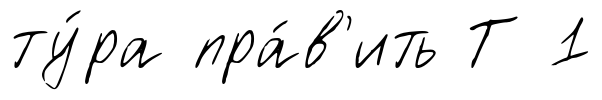
ту́ра пра́в'ить Т 1